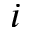
i